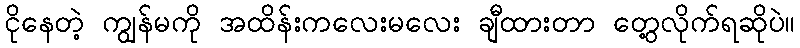
ငိုနေတဲ့ ကျွန်မကို အထိန်းကလေးမလေး ချီထားတာ တွေ့လိုက်ရဆိုပဲ။